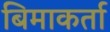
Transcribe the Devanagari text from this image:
बिमाकर्ता